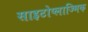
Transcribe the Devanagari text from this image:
साइटोप्लाज्मिक